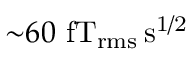
{ \sim } 6 0 ~ \mathrm { f T _ { r m s } \, s ^ { 1 / 2 } }